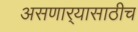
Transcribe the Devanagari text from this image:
असणार्‍यासाठीच